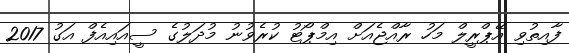
ފާއިތުވި އޭޕްރީލް މަހު ރާއްޖެއަށް އިމްޕޯޓު ކުރެވުނު މުދަލުގެ ސީއައިއެފް އަގު 2017